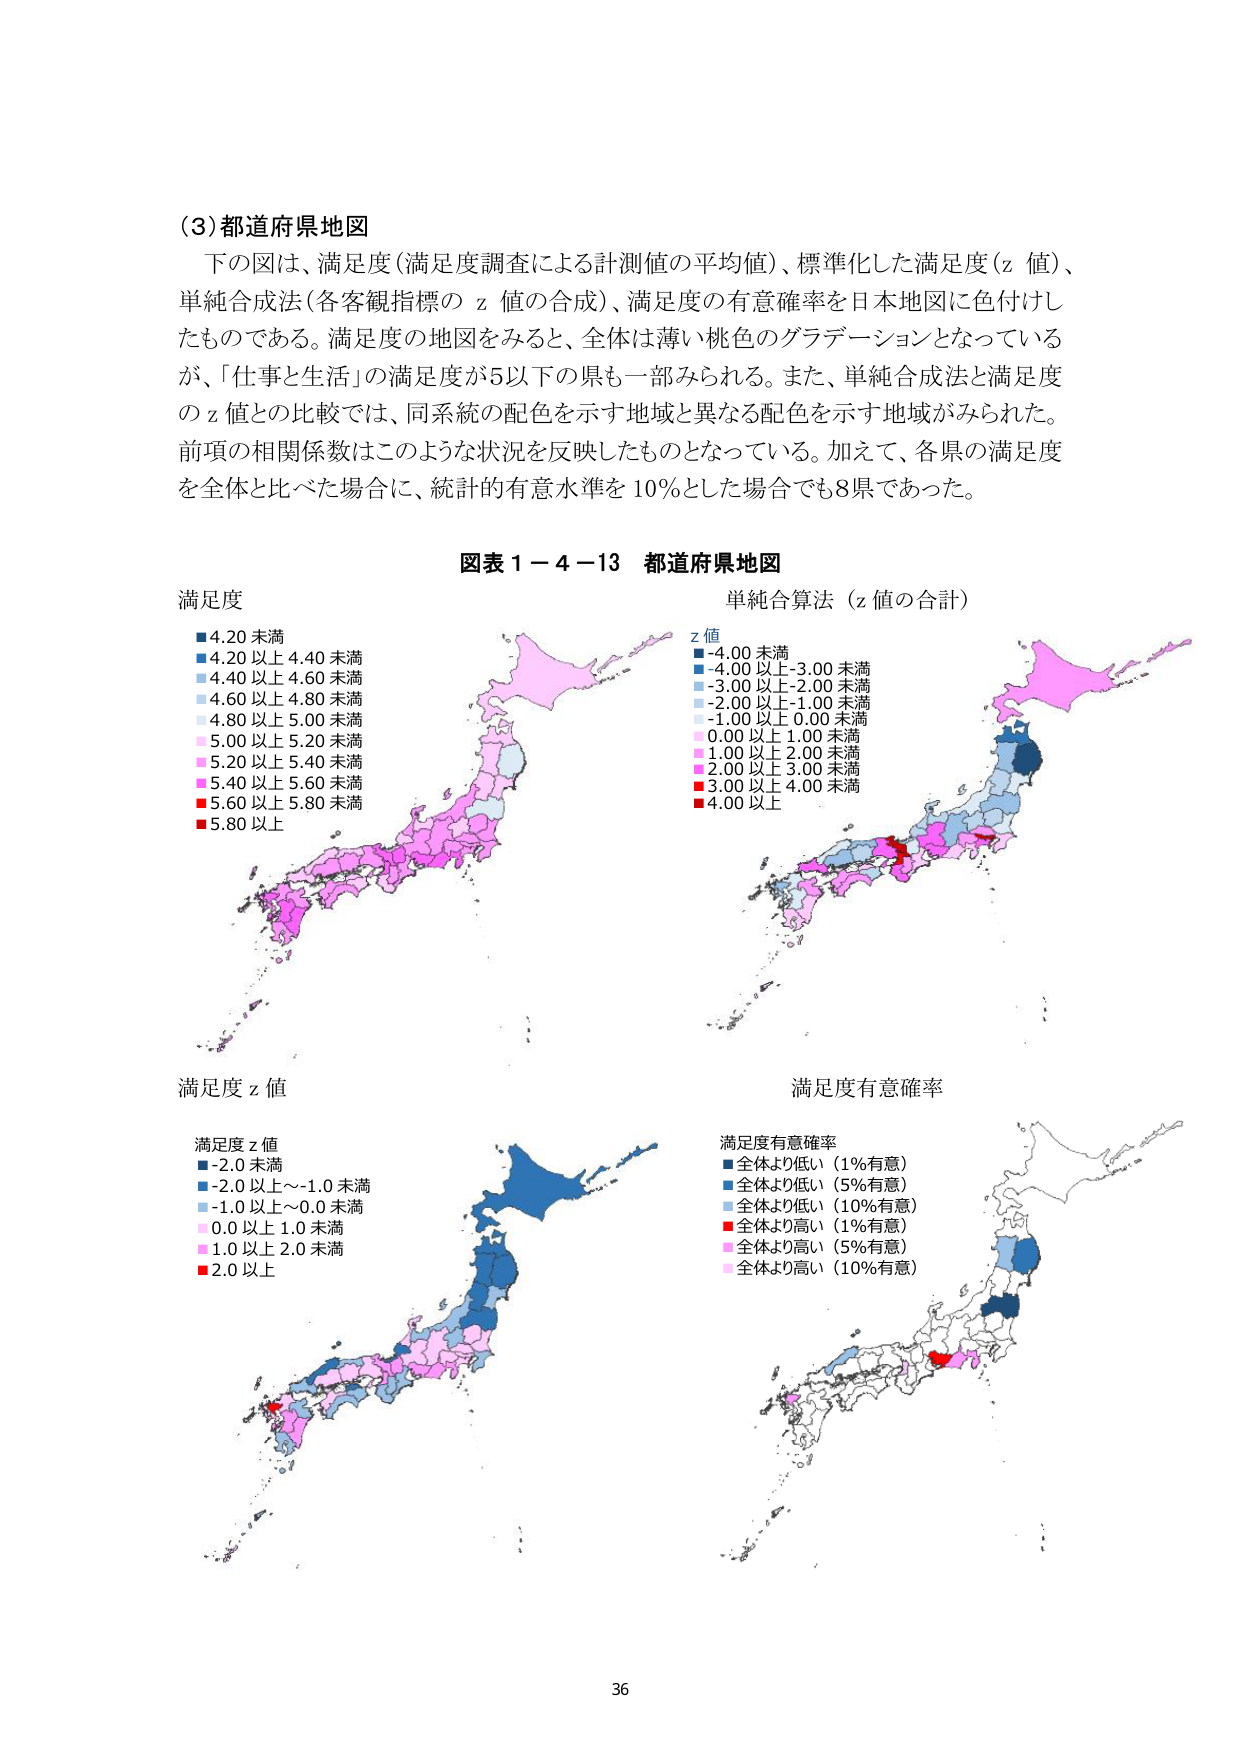
(3) 都道府県地図
下の図は、満足度（満足度調査による計測値の平均値）、標準化した満足度（z 値）、単純合成法（各客観指標の z 値の合成）、満足度の有意確率を日本地図に色付けしたものである。満足度の地図をみると、全体は薄い桃色のグラデーションとなっているが、「仕事と生活」の満足度が5以下の県も一部みられる。また、単純合成法と満足度の z 値との比較では、同系統の配色を示す地域と異なる配色を示す地域がみられた。前項の相関係数はこのような状況を反映したものとなっている。加えて、各県の満足度を全体と比べた場合に、統計的有意水準を 10％とした場合でも8県であった。

図表 1－4－13 都道府県地図

満足度
■ 4.20 未満
■ 4.20 以上 4.40 未満
■ 4.40 以上 4.60 未満
■ 4.60 以上 4.80 未満
■ 4.80 以上 5.00 未満
■ 5.00 以上 5.20 未満
■ 5.20 以上 5.40 未満
■ 5.40 以上 5.60 未満
■ 5.60 以上 5.80 未満
■ 5.80 以上

単純合算法（z 値の合計）
z 値
■ -4.00 未満
■ -4.00 以上 -3.00 未満
■ -3.00 以上 -2.00 未満
■ -2.00 以上 -1.00 未満
■ -1.00 以上 0.00 未満
■ 0.00 以上 1.00 未満
■ 1.00 以上 2.00 未満
■ 2.00 以上 3.00 未満
■ 3.00 以上 4.00 未満
■ 4.00 以上

満足度 z 値
満足度 z 値
■ -2.0 未満
■ -2.0 以上～-1.0 未満
■ -1.0 以上～0.0 未満
■ 0.0 以上 1.0 未満
■ 1.0 以上 2.0 未満
■ 2.0 以上

満足度有意確率
満足度有意確率
■ 全体より低い（1%有意）
■ 全体より低い（5%有意）
■ 全体より低い（10%有意）
■ 全体より高い（1%有意）
■ 全体より高い（5%有意）
■ 全体より高い（10%有意）

36